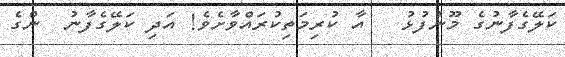
ކަލޭގެފާނުގެ މޫނުފުޅު   އާ ކުރިމަތިކުރައްވާށެވެ! އަދި ކަލޭގެފާނު  ންގެ